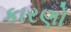
કારણો